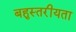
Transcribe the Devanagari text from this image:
बहुस्तरीयता